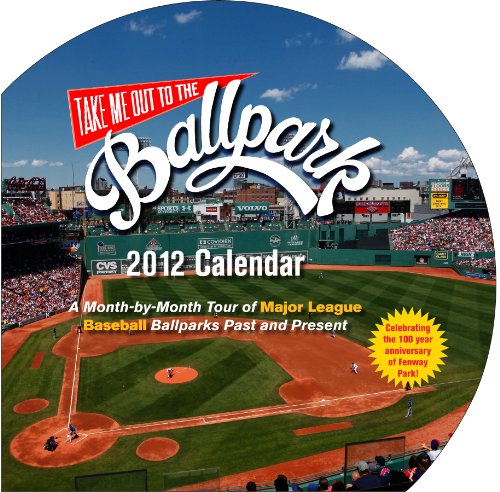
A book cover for Take Me Out to the Ballpark Wall Calendar 2012: A Month-by-Month Tour of Major League Baseball Parks Past and Present; Josh Leventhal; Calendars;